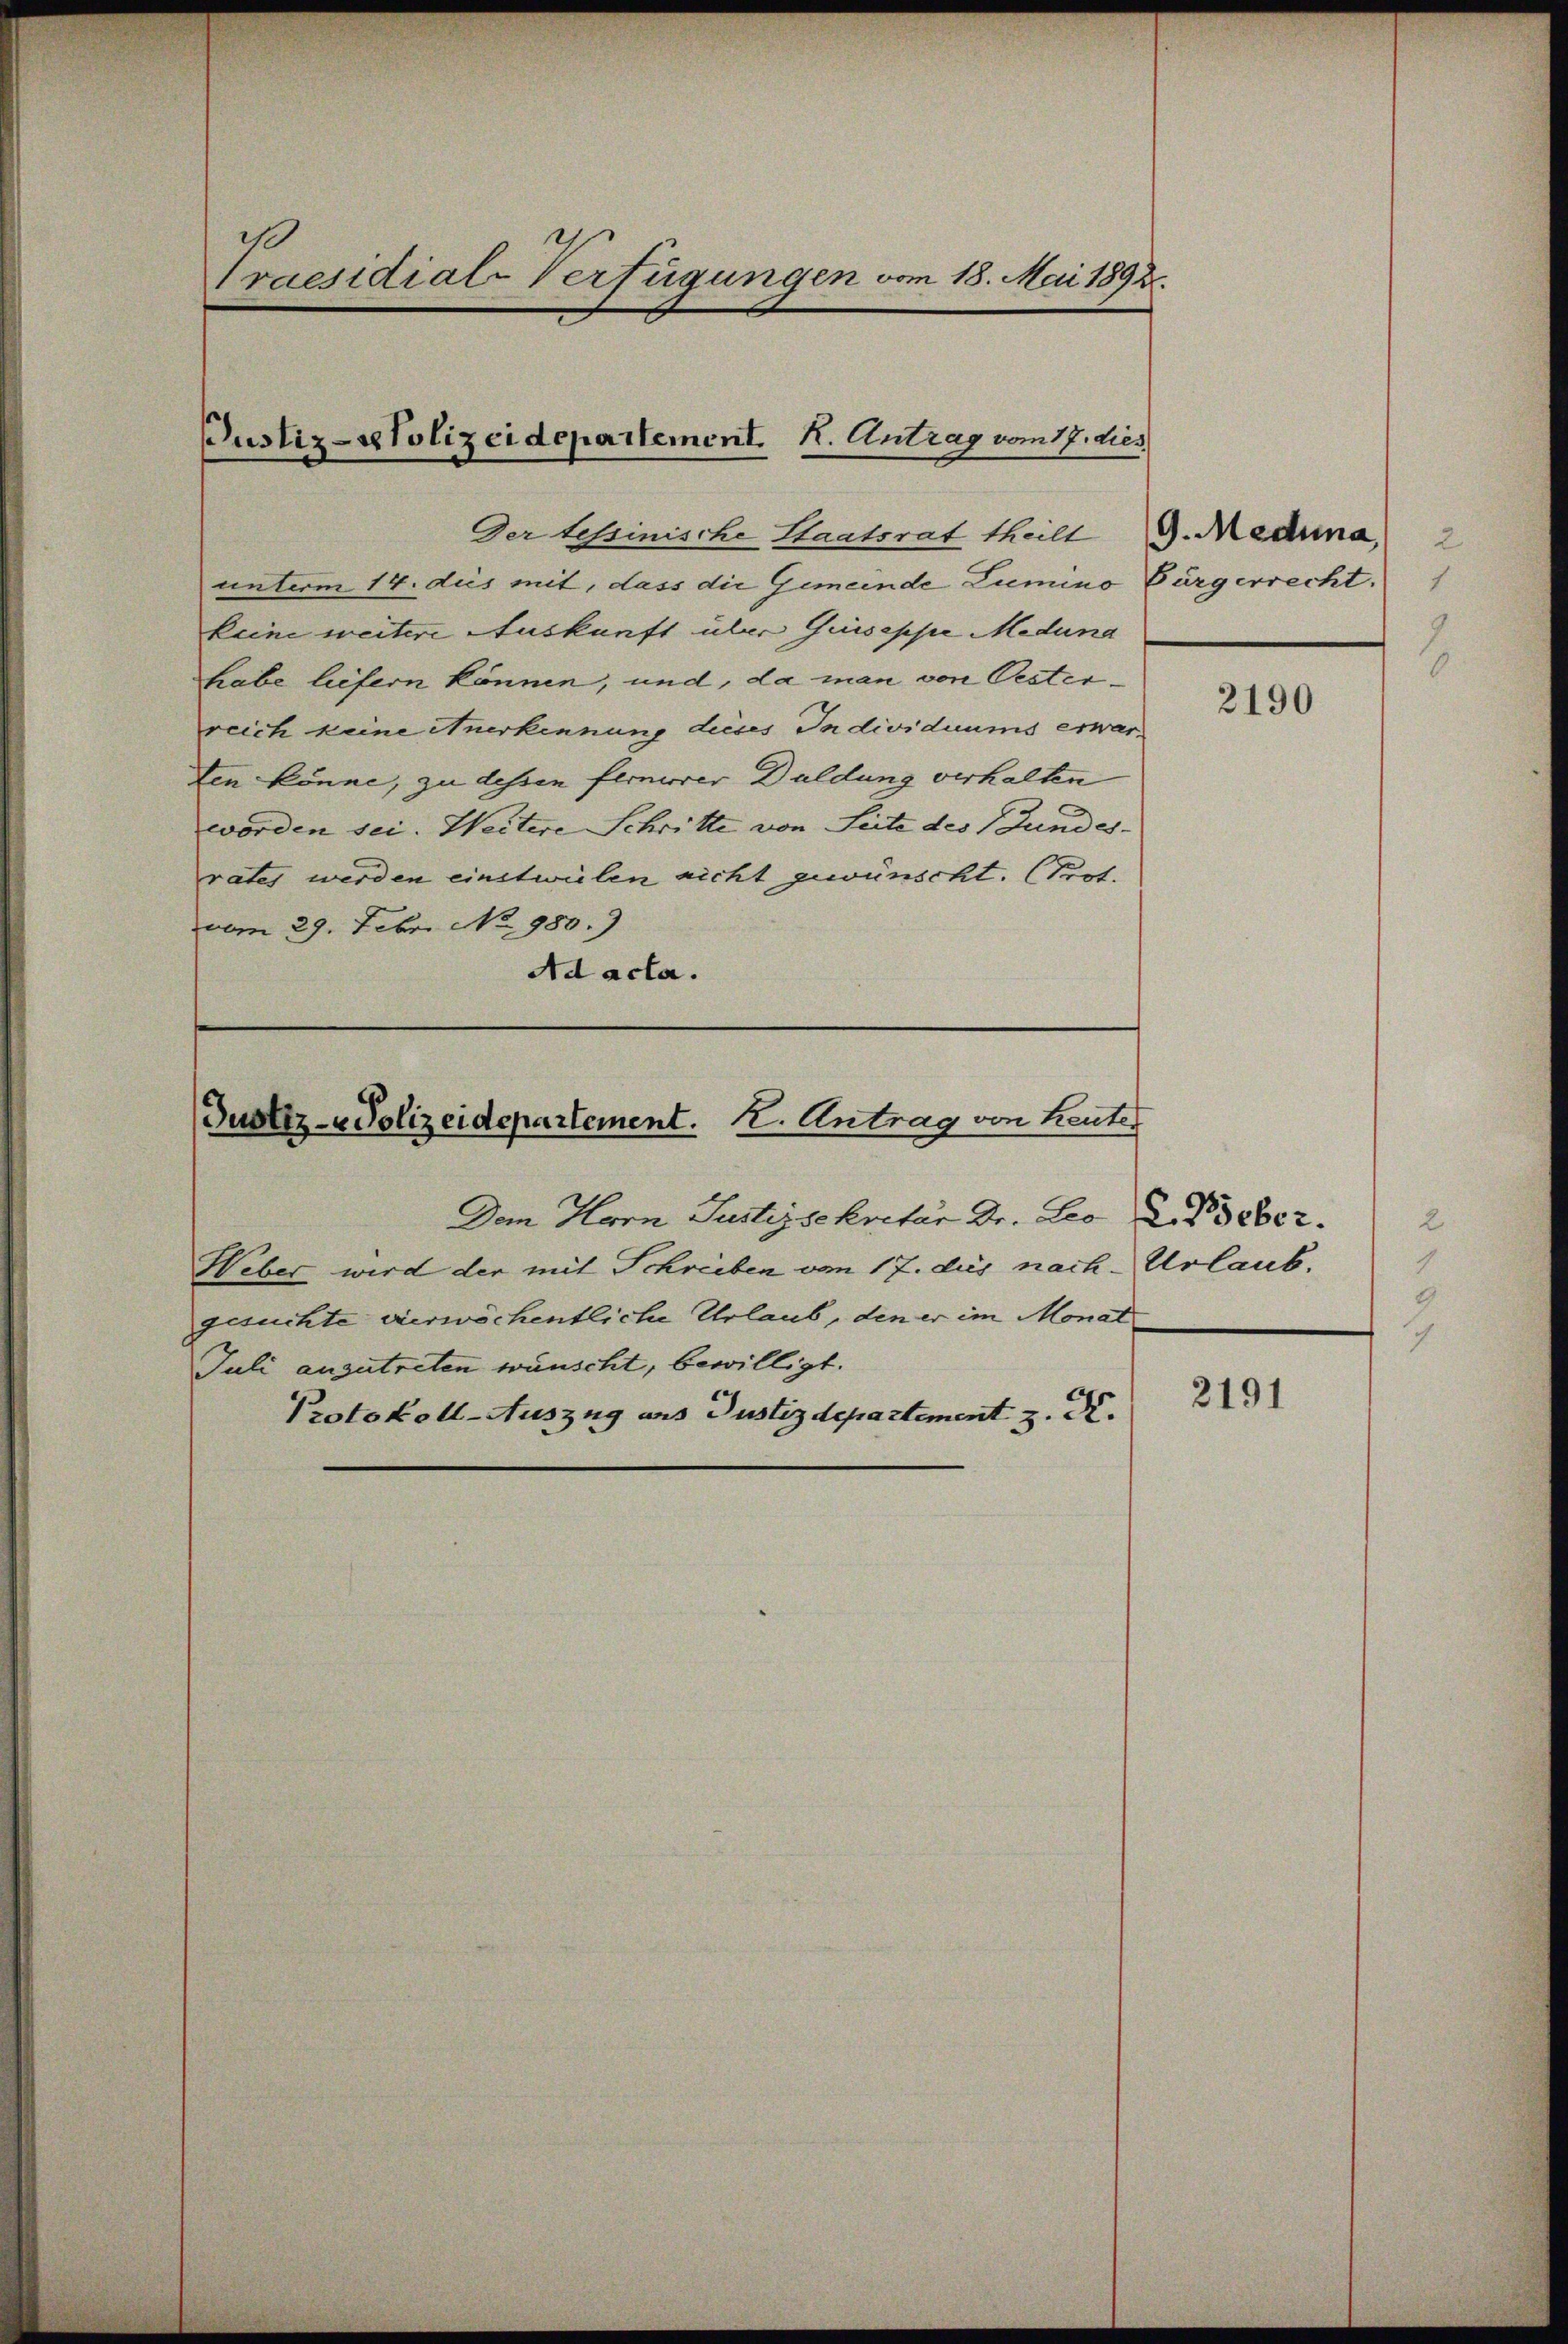
Praesidial-Verfügungen vom 18. Mai 1892.

Justiz-polizeidepartement. H. Antrag vom 17. dies

Justiz- u Polizeidepartement. 2. Antrag von heute

Dem Herrn Justizsekretär Dr. Leo
Weber wird der mit Schreiben vom 17. dies nach Urlaub.
gesuchte verwöchentliche Urlaub, den er im Monat
Juli anzutreten wünscht, bewilligt.
Protokoll-Auszug aus Justizdepartement z. R.

Der tessinische Staatsrat theilt
unterm 14. des mit, dass die Gemeinde Lumino Bürgerrecht.
keine weitere Auskunft über Giuseppe Meduna
habe liefern können, und, da man von Oesterreich keine Anerkennung dieses Individuums erwarten könne, zu dessen fernierer Duldung verhalten
worden sei. Weitere Schritte von Seite des Fundes-
rates werden einstwielen nicht gewünscht. Prot.
vom 29. Febr. No 980.)
Ad acta.

G. Medina

2190

L. Beber.

2191